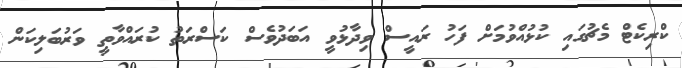
ކްރިކެޓް މެޗުގައި ކުޅުއްވުމަށް ފަހު ރައީސް ވިދާޅުވީ އަބަދުވެސް ކަސްރަތު ކުރައްވާތީ ވަރުބަލިކަން